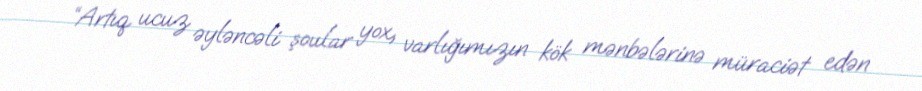
“Artıq ucuz əyləncəli şoular yox, varlığımızın kök mənbələrinə müraciət edən